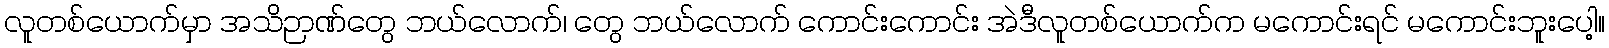
လူတစ်ယောက်မှာ အသိဉာဏ်တွေ ဘယ်လောက်၊ တွေ ဘယ်လောက် ကောင်းကောင်း အဲဒီလူတစ်ယောက်က မကောင်းရင် မကောင်းဘူးပေါ့။